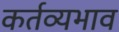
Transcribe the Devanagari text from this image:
कर्तव्यभाव